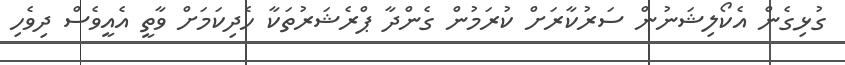
ގުޅިގެން އެކޯލިޝަނުން ސަރުކާރަށް ކުރަމުން ގެންދާ ޕްރެޝަރުތަކާ ހެދިކަމަށް ވާތީ އެއީވެސް ދިވެހި